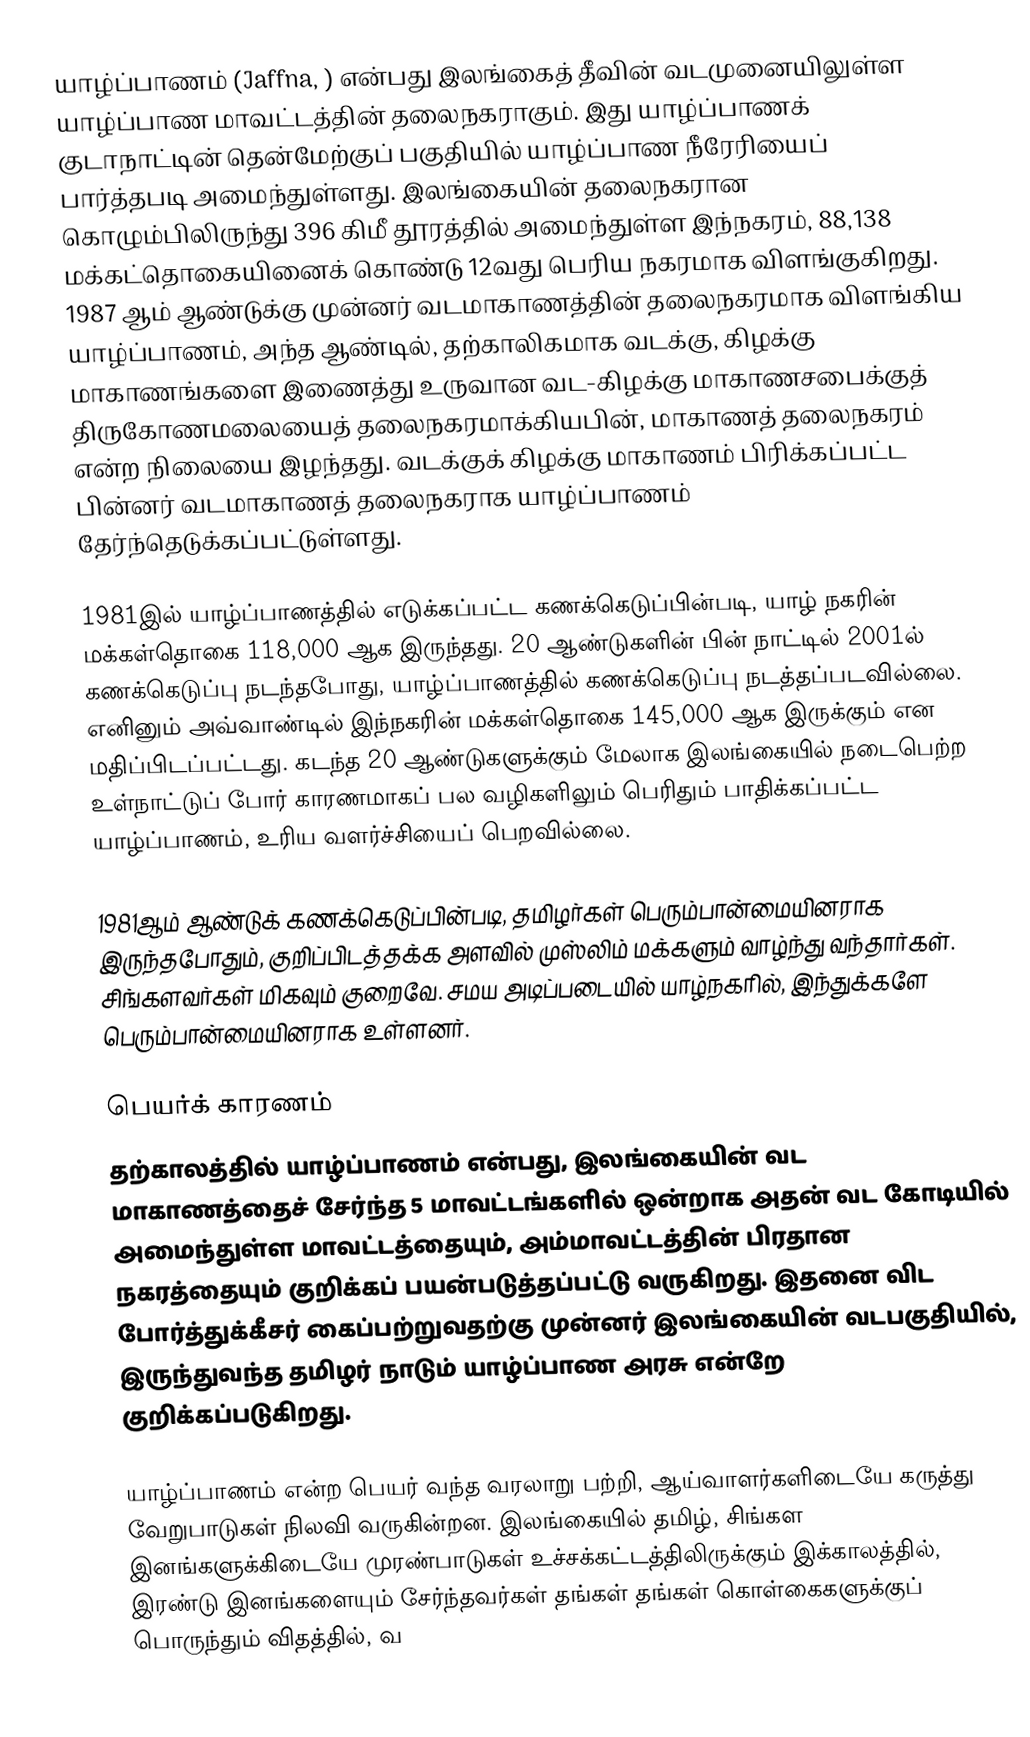
யாழ்ப்பாணம் (Jaffna, ) என்பது இலங்கைத் தீவின் வடமுனையிலுள்ள யாழ்ப்பாண மாவட்டத்தின் தலைநகராகும். இது யாழ்ப்பாணக் குடாநாட்டின் தென்மேற்குப் பகுதியில் யாழ்ப்பாண நீரேரியைப் பார்த்தபடி அமைந்துள்ளது. இலங்கையின் தலைநகரான கொழும்பிலிருந்து 396 கிமீ தூரத்தில் அமைந்துள்ள இந்நகரம், 88,138 மக்கட்தொகையினைக் கொண்டு 12வது பெரிய நகரமாக விளங்குகிறது. 1987 ஆம் ஆண்டுக்கு முன்னர் வடமாகாணத்தின் தலைநகரமாக விளங்கிய யாழ்ப்பாணம், அந்த ஆண்டில், தற்காலிகமாக வடக்கு, கிழக்கு மாகாணங்களை இணைத்து உருவான வட-கிழக்கு மாகாணசபைக்குத் திருகோணமலையைத் தலைநகரமாக்கியபின், மாகாணத் தலைநகரம் என்ற நிலையை இழந்தது. வடக்குக் கிழக்கு மாகாணம் பிரிக்கப்பட்ட பின்னர் வடமாகாணத் தலைநகராக யாழ்ப்பாணம் தேர்ந்தெடுக்கப்பட்டுள்ளது.

1981இல் யாழ்ப்பாணத்தில் எடுக்கப்பட்ட கணக்கெடுப்பின்படி, யாழ் நகரின் மக்கள்தொகை 118,000 ஆக இருந்தது. 20 ஆண்டுகளின் பின் நாட்டில் 2001ல் கணக்கெடுப்பு நடந்தபோது, யாழ்ப்பாணத்தில் கணக்கெடுப்பு நடத்தப்படவில்லை. எனினும் அவ்வாண்டில் இந்நகரின் மக்கள்தொகை 145,000 ஆக இருக்கும் என மதிப்பிடப்பட்டது. கடந்த 20 ஆண்டுகளுக்கும் மேலாக இலங்கையில் நடைபெற்ற உள்நாட்டுப் போர் காரணமாகப் பல வழிகளிலும் பெரிதும் பாதிக்கப்பட்ட யாழ்ப்பாணம், உரிய வளர்ச்சியைப் பெறவில்லை.

1981ஆம் ஆண்டுக் கணக்கெடுப்பின்படி, தமிழர்கள் பெரும்பான்மையினராக இருந்தபோதும், குறிப்பிடத்தக்க அளவில் முஸ்லிம் மக்களும் வாழ்ந்து வந்தார்கள். சிங்களவர்கள் மிகவும் குறைவே. சமய அடிப்படையில் யாழ்நகரில், இந்துக்களே பெரும்பான்மையினராக உள்ளனர்.

பெயர்க் காரணம்
தற்காலத்தில் யாழ்ப்பாணம் என்பது, இலங்கையின் வட மாகாணத்தைச் சேர்ந்த 5 மாவட்டங்களில் ஒன்றாக அதன் வட கோடியில் அமைந்துள்ள மாவட்டத்தையும், அம்மாவட்டத்தின் பிரதான நகரத்தையும் குறிக்கப் பயன்படுத்தப்பட்டு வருகிறது. இதனை விட போர்த்துக்கீசர் கைப்பற்றுவதற்கு முன்னர் இலங்கையின் வடபகுதியில், இருந்துவந்த தமிழர் நாடும் யாழ்ப்பாண அரசு என்றே குறிக்கப்படுகிறது.

யாழ்ப்பாணம் என்ற பெயர் வந்த வரலாறு பற்றி, ஆய்வாளர்களிடையே கருத்து வேறுபாடுகள் நிலவி வருகின்றன. இலங்கையில் தமிழ், சிங்கள இனங்களுக்கிடையே முரண்பாடுகள் உச்சக்கட்டத்திலிருக்கும் இக்காலத்தில், இரண்டு இனங்களையும் சேர்ந்தவர்கள் தங்கள் தங்கள் கொள்கைகளுக்குப் பொருந்தும் விதத்தில், வ